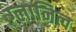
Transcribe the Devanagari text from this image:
ग्लानित्व